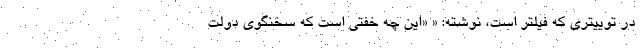
در توییتری که فیلتر است، نوشته‌: « «‌این چه خفتی است که سخنگوی دولت